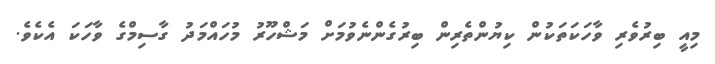
މިއީ ބިރުވެރި ވާހަކަތަކުން ކިޔުންތެރިން ބިރުގެންނެވުމަށް މަޝްހޫރު މުހައްމަދު ގާސިމްގެ ވާހަކަ އެކެވެ.